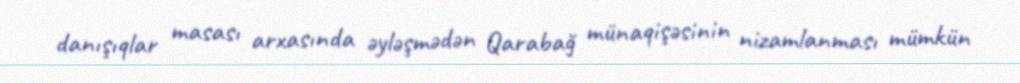
danışıqlar masası arxasında əyləşmədən Qarabağ münaqişəsinin nizamlanması mümkün